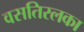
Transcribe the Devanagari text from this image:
वसतिरलका